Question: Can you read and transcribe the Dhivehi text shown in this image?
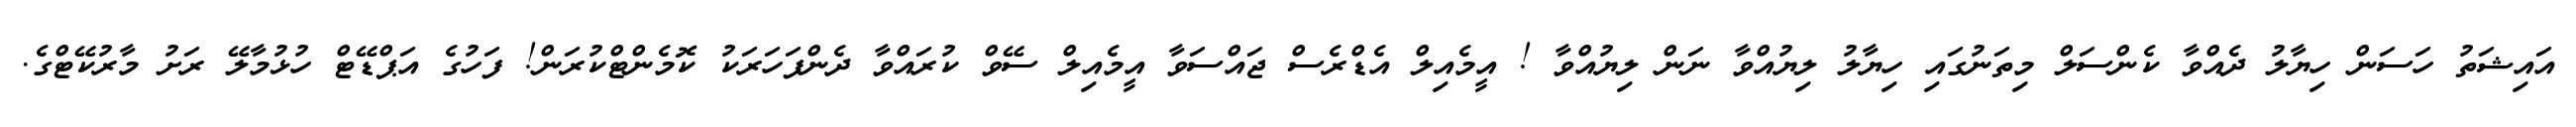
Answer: އައިޝަތު ހަސަން ހިޔާލު ދެއްވާ ކެންސަލް މިތަނުގައި ހިޔާލު ލިޔުއްވާ ނަން ލިޔުއްވާ ! އީމެއިލް އެޑްރެސް ޖައްސަވާ އީމެއިލް ސޭވް ކުރައްވާ ދެންފަހަރަކު ކޮމެންޓްކުރަން! ފަހުގެ އަޕްޑޭޓް ހުޅުމާލޭ ރަށު މާރުކޭޓްގެ.